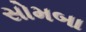
સોમબા